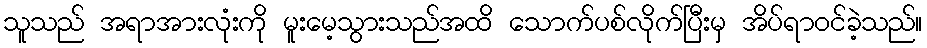
သူသည် အရာအားလုံးကို မူးမေ့သွားသည်အထိ သောက်ပစ်လိုက်ပြီးမှ အိပ်ရာဝင်ခဲ့သည်။